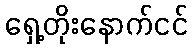
ရှေ့တိုးနောက်ငင်